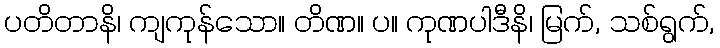
ပတိတာနိ၊ ကျကုန်သော။ တိဏ။ ပ။ ကုဏပါဒီနိ၊ မြက်, သစ်ရွက်,